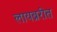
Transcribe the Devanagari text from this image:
लायब्ररीत